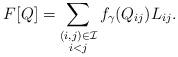
LaTeX: \begin{align*} F[Q] = \sum_{\substack{(i,j)\in \mathcal{I}\\i< j}} f_\gamma(Q_{ij}) L_{ij}.\end{align*}